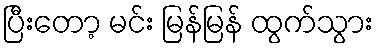
ပြီးတော့ မင်း မြန်မြန် ထွက်သွား